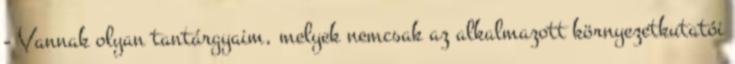
- Vannak olyan tantárgyaim, melyek nemcsak az alkalmazott környezetkutatói